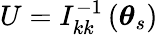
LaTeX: U=I_{kk}^{-1}\left(\boldsymbol{\theta}_{s}\right)